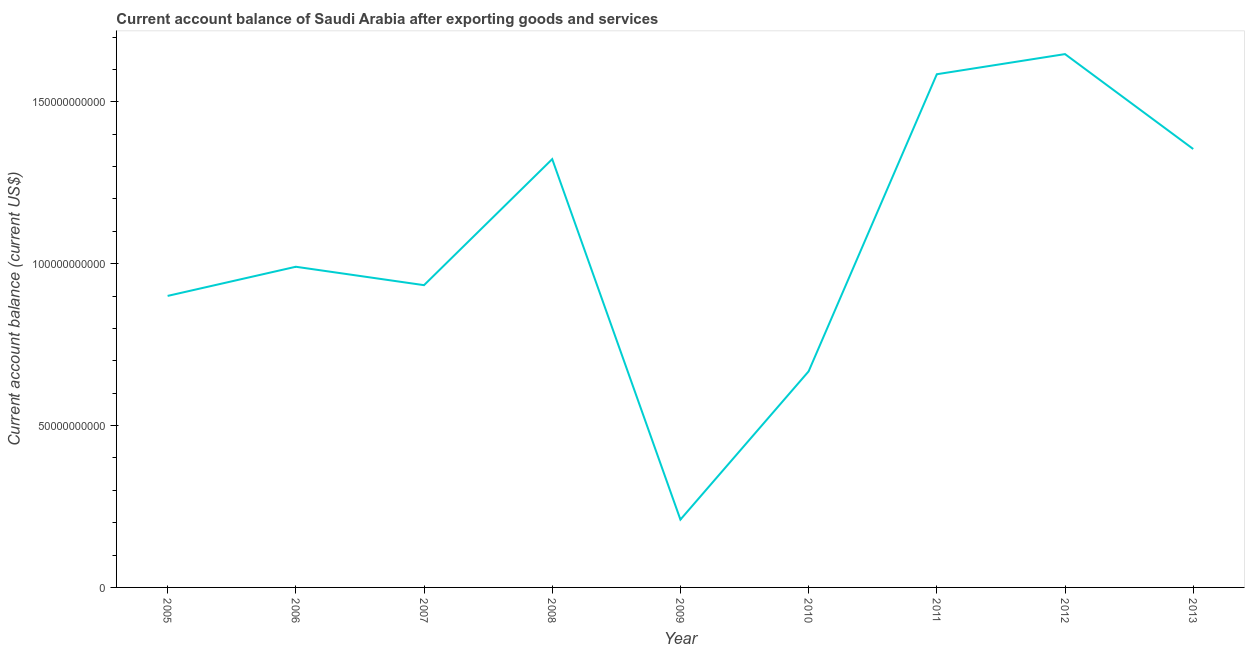
| Year | Current account balance |
 | --- | --- |
 | 2005 | 9.01e+10 |
 | 2006 | 9.91e+10 |
 | 2007 | 9.34e+10 |
 | 2008 | 1.32e+11 |
 | 2009 | 2.1e+10 |
 | 2010 | 6.68e+10 |
 | 2011 | 1.59e+11 |
 | 2012 | 1.65e+11 |
 | 2013 | 1.35e+11 |